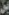
بن